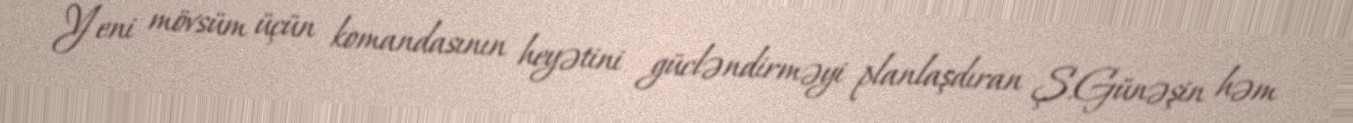
Yeni mövsüm üçün komandasının heyətini gücləndirməyi planlaşdıran Ş.Günəşin həm